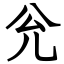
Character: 兊